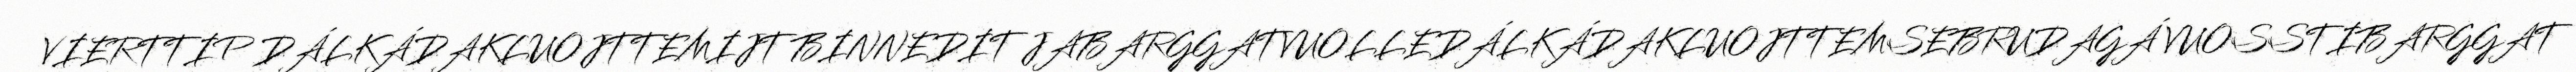
VIERTTIP DÁLKÁDAKLUOJTTEMIJT BINNEDIT JABARGGATVUOLLEDÁLKÁDAKLUOJTTEMSEBRUDAGÁ VUOSSTIBARGGAT